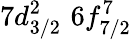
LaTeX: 7d_{3/2}^{2}\, \, 6f_{7/2}^{7}